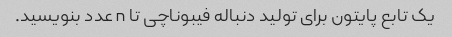
یک تابع پایتون برای تولید دنباله فیبوناچی تا n عدد بنویسید.